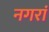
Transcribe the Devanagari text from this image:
नगरां